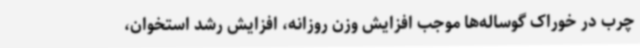
چرب در خوراک گوساله‌ها موجب افزایش وزن روزانه، افزایش رشد استخوان،